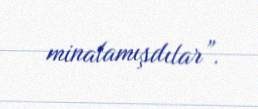
minalamışdılar”.